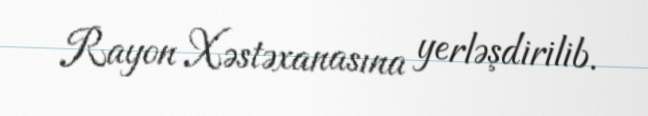
Rayon Xəstəxanasına yerləşdirilib.